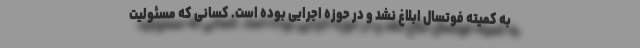
به کمیته فوتسال ابلاغ نشد و در حوزه اجرایی بوده است. کسانی که مسئولیت